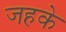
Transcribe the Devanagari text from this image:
जहके